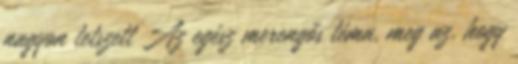
nagyon tetszett Az egész merengős téma, meg az, hogy